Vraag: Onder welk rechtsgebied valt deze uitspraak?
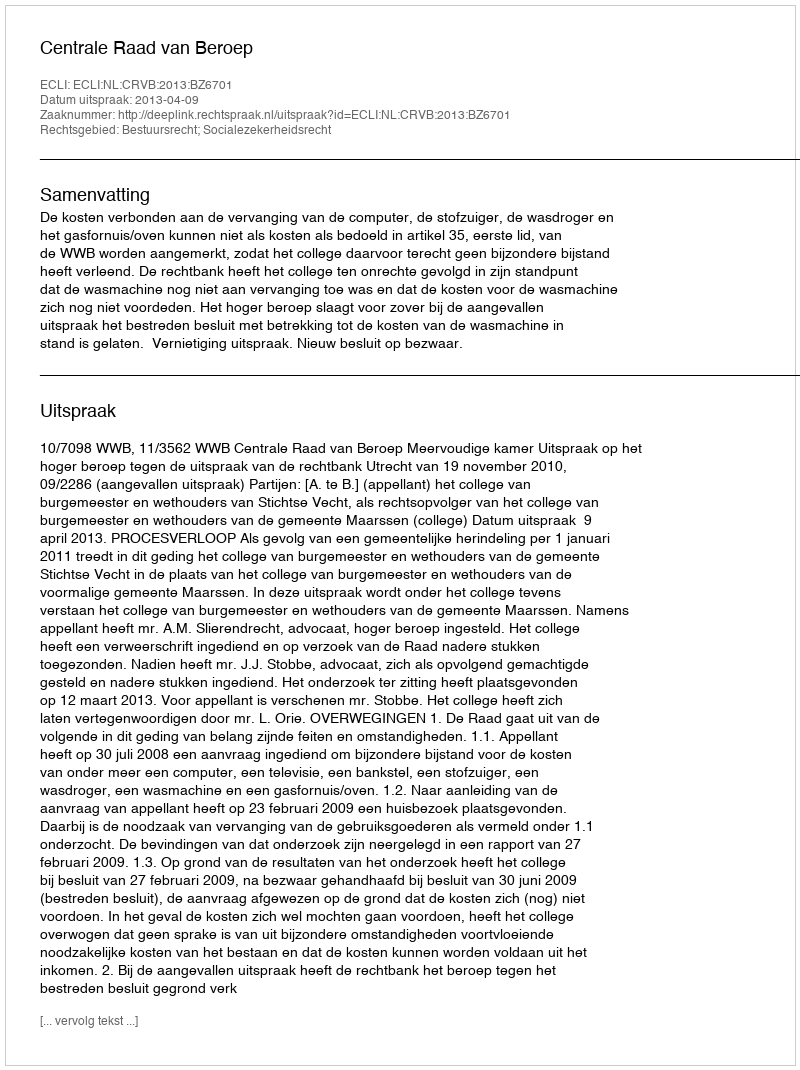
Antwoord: Bestuursrecht; Socialezekerheidsrecht